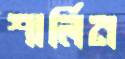
শার্লিন